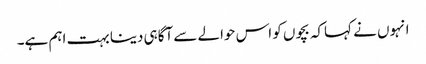
انہوں نے کہاکہ بچوں کو اس حوالے سے آگاہی دینا بہت اہم ہے۔